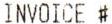
INVOICE #